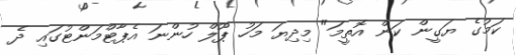
ކަމުގެ ޔަގީން ކަން އޮތީމަ" މިދިޔަ މަހު ޕޫލް ހުންނަ އެޕާޓްމަންޓުގައި ދެ